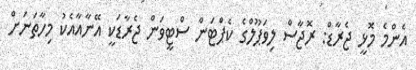
އެންމެ މޮޅީ ޖެރާޑް: ރޮޖާސް ލިވަޕޫލްގެ ކެޕްޓަން ސްޓީވަން ޖެރާޑަކީ އޭނާއާއެކު މިހާތަނަށް